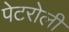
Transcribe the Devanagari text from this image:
पेटरोली